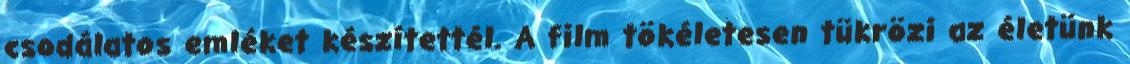
csodálatos emléket készítettél. A film tökéletesen tükrözi az életünk